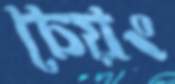
চেয়ং